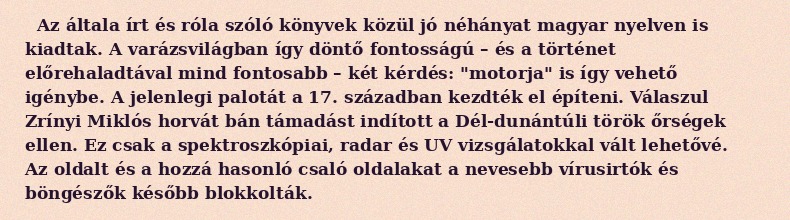
Az általa írt és róla szóló könyvek közül jó néhányat magyar nyelven is kiadtak. A varázsvilágban így döntő fontosságú – és a történet előrehaladtával mind fontosabb – két kérdés: "motorja" is így vehető igénybe. A jelenlegi palotát a 17. században kezdték el építeni. Válaszul Zrínyi Miklós horvát bán támadást indított a Dél-dunántúli török őrségek ellen. Ez csak a spektroszkópiai, radar és UV vizsgálatokkal vált lehetővé. Az oldalt és a hozzá hasonló csaló oldalakat a nevesebb vírusirtók és böngészők később blokkolták.